Lunatic asylums Central Provinces reports 1874-1885 - 1874-1885
Year: 1874
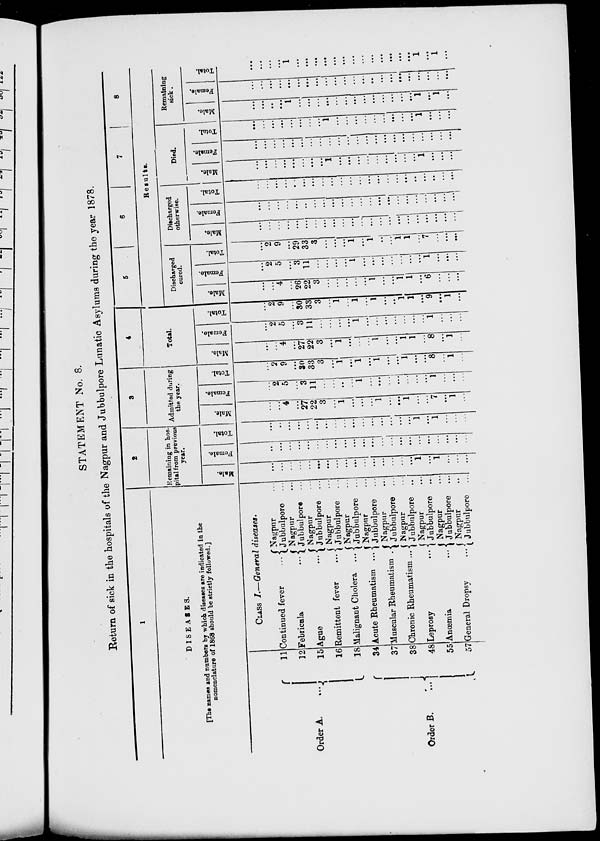
STATEMENT No. 8.
Return of sick in the hospitals of the Nagpur and Jubbulpore Lunatic Asylums during the year 1878.
1
DISEASES.
[The names and numbers by which diseases are indicated in the
nomenclature of 1868 should be strictly followed.]
Order A. ...
Order B. …
11
12
15
16
18
34
37
38
48
55
57
CLASS I.—General diseases.
Continued fever …
Febricula …
Ague …
Remittent fever …
Malignant Cholera …
Acute Rheumatism ...
Muscular Rheumatism …
Chronic Rheumatism …
Leprosy …
Anœmia …
General Dropsy …
Nagpur …
Jubbulpore …
Nagpur …
Jubbulpore …
Nagpur …
Jubbulpore …
Nagpur …
Jubbulpore …
Nagpur …
Jubbulpore …
Nagpur …
Jubbulpore …
Nagpur …
Jubbulpore …
Nagpur …
Jubbulpore …
Nagpur …
Jubbulpore …
Nagpur …
Jubbulpore …
Nagpur …
Jubbulpore …
2
Remaining in hos-
pital from previous
year.
Male.
...
…
...
...
...
...
...
...
...
...
…
...
...
…
...
...
1
...
1
...
…
...
Female.
...
...
...
...
...
...
...
...
...
...
...
...
...
…
...
...
...
...
...
...
...
...
Total.
…
...
...
...
…
...
...
...
...
...
…
...
...
...
...
...
1
...
1
...
…
…
3
Admitted during
the year.
Male.
…
...
4
...
27
22
3
...
1
...
...
...
1
...
...
1
…
...
7
...
1
...
Female.
…
2
5
…
3
11
...
...
...
…
1
...
...
...
...
…
…
...
1
...
…
…
Total.
…
2
9
...
30
33
3
...
1
...
1
...
1
...
...
1
...
...
8
…
1
…
4
Total.
Male.
…
...
4
...
27
22
3
...
1
...
…
...
1
...
...
1
1
...
8
...
1
…
Female.
…
2
5
...
3
11
...
...
...
...
1
...
…
...
...
...
...
...
1
…
…
...
Total.
…
2
9
…
30
33
3
...
1
...
1
...
1
...
...
1
1
...
9
...
1
...
5
6
7
8
Results.
Discharged
cured.
Mal e.
...
…
4
...
26
22
3
...
...
...
…
...
1
...
...
1
1
...
6
...
…
...
Femal e.
...
2
5
...
3
11
...
...
...
...
1
...
...
...
...
...
...
...
1
...
...
...
Total.
…
2
9
…
29
33
3
…
...
...
1
...
1
...
...
1
1
...
7
...
...
...
Discharged
otherwise.
Male.
...
…
...
...
…
...
…
...
...
…
...
...
...
…
...
…
…
...
...
...
...
...
Female.
...
…
...
...
…
...
...
...
...
...
...
…
…
...
...
...
...
...
...
…
...
...
Total.
…
…
…
…
…
…
…
…
…
…
…
…
…
…
…
…
…
…
…
…
…
…
Died.
Male.
...
...
...
...
...
...
...
...
1
...
...
...
...
…
...
...
...
...
1
...
...
...
Female.
…
…
…
…
…
…
…
…
…
…
…
…
…
…
…
…
…
…
…
…
…
…
Total.
...
…
...
...
...
...
…
...
1
...
...
...
...
…
...
...
...
...
1
...
...
...
Remaining
sick.
Male.
…
…
…
…
1
…
…
…
…
…
…
…
…
…
…
…
…
…
1
…
1
...
Female.
…
...
...
...
...
...
...
...
...
...
...
...
...
...
...
...
...
...
...
...
...
...
Total.
...
...
…
...
1
...
...
...
...
...
...
...
...
...
...
...
...
...
1
...
1
...